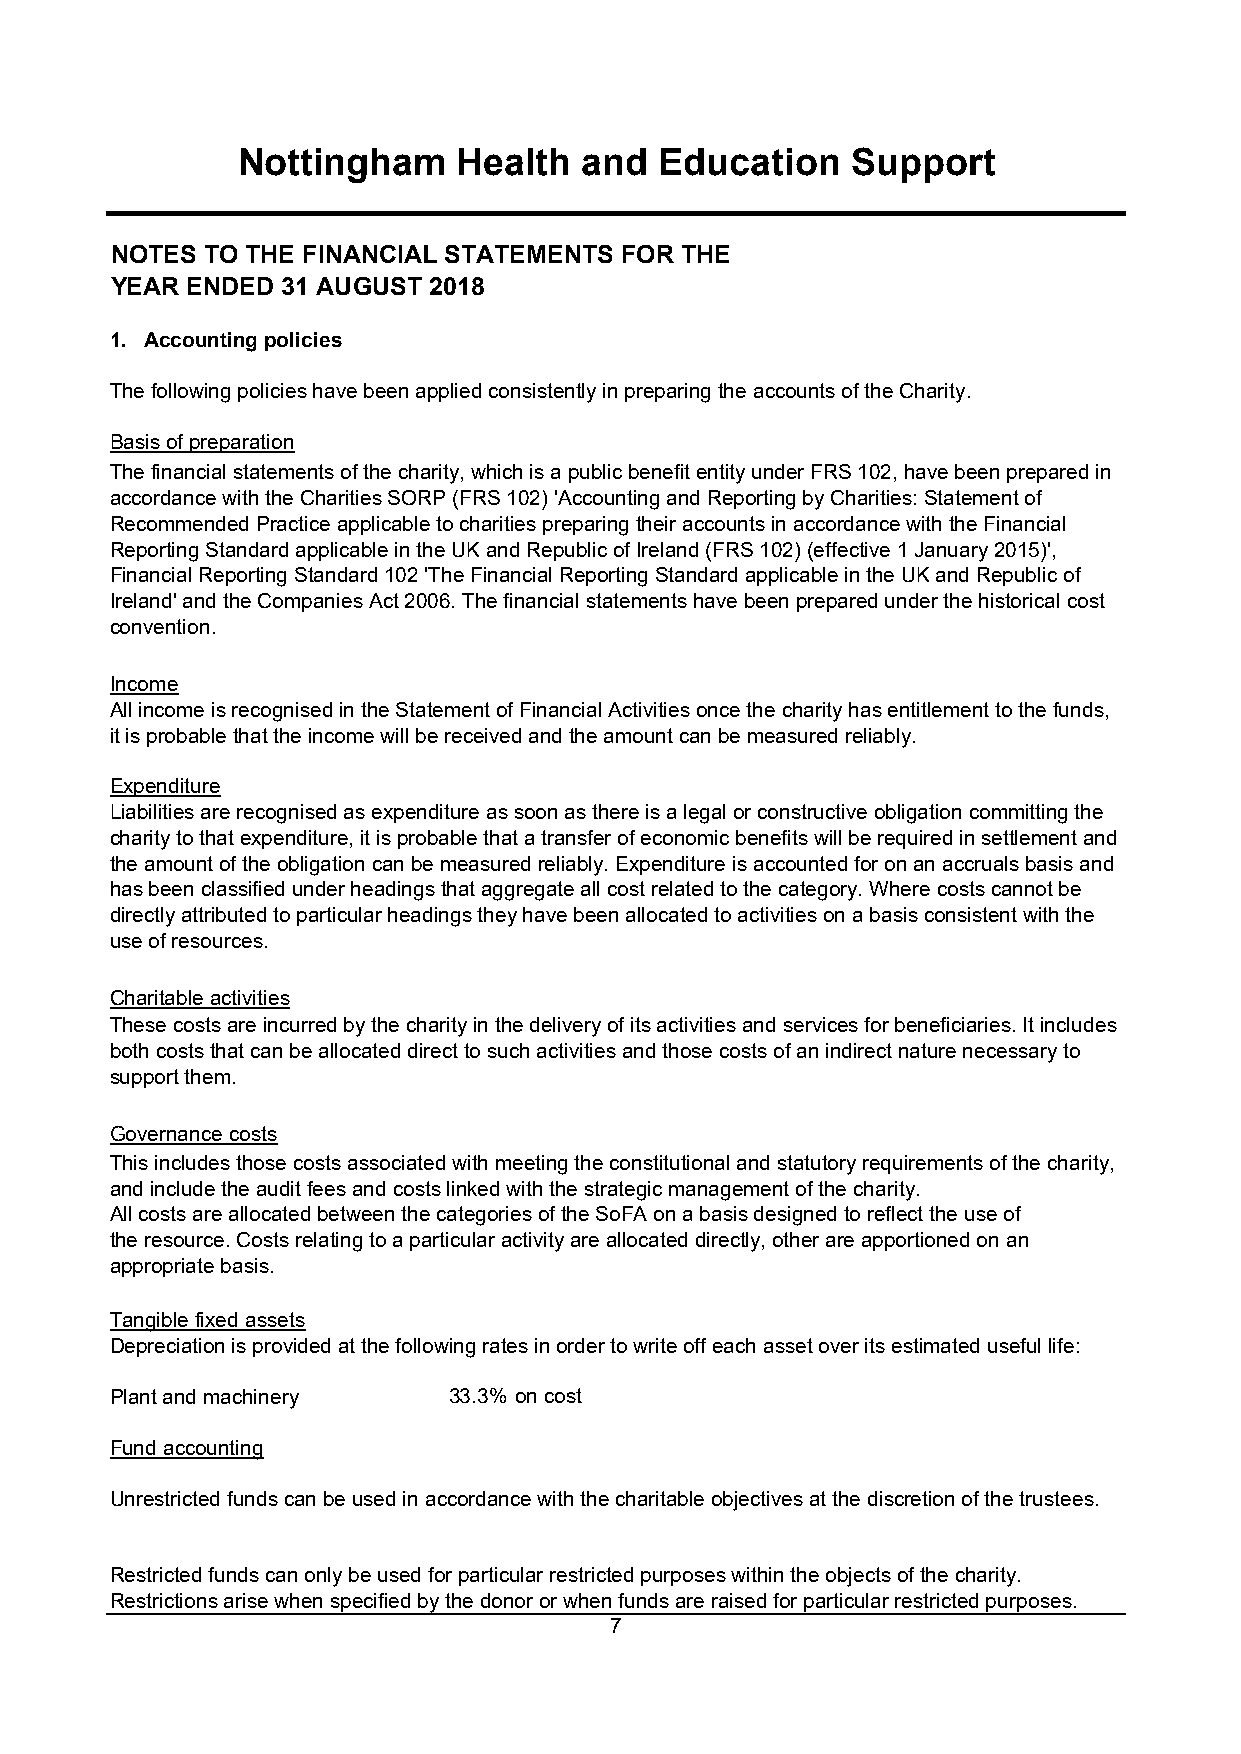
Nottingham    Health   and  Education   Support
 NOTES TO THE FINANCIAL STATEMENTS FOR THE
 YEAR ENDED  31 AUGUST 2018
 1. Accounting policies
 The following policies have been applied consistently in preparing the accounts of the Charity.
 Basis of preparation
 The financial statements of the charity, which is a public benefit entity under FRS 102, have been prepared in
 accordance with the Charities SORP (FRS 102) 'Accounting and Reporting by Charities: Statement of
 Recommended Practice applicable to charities preparing their accounts in accordance with the Financial
 Reporting Standard applicable in the UK and Republic of Ireland (FRS 102) (effective 1 January 2015)',
 Financial Reporting Standard 102 'The Financial Reporting Standard applicable in the UK and Republic of
 Ireland' and the Companies Act 2006. The financial statements have been prepared under the historical cost
 convention.
 Income
 All income is recognised in the Statement of Financial Activities once the charity has entitlement to the funds,
 it is probable that the income will be received and the amount can be measured reliably.
 Expenditure
 Liabilities are recognised as expenditure as soon as there is a legal or constructive obligation committing the
 charity to that expenditure, it is probable that a transfer of economic benefits will be required in settlement and
 the amount of the obligation can be measured reliably. Expenditure is accounted for on an accruals basis and
 has been classified under headings that aggregate all cost related to the category. Where costs cannot be
 directly attributed to particular headings they have been allocated to activities on a basis consistent with the
 use of resources.
 Charitable activities
 These costs are incurred by the charity in the delivery of its activities and services for beneficiaries. It includes
 both costs that can be allocated direct to such activities and those costs of an indirect nature necessary to
 support them.
 Governance costs
 This includes those costs associated with meeting the constitutional and statutory requirements of the charity,
 and include the audit fees and costs linked with the strategic management of the charity.
 All costs are allocated between the categories of the SoFA on a basis designed to reflect the use of
 the resource. Costs relating to a particular activity are allocated directly, other are apportioned on an
 appropriate basis.
 Tangible fixed assets
 Depreciation is provided at the following rates in order to write off each asset over its estimated useful life:
 Plant and machinery    33.3% on cost
 Fund accounting
 Unrestricted funds can be used in accordance with the charitable objectives at the discretion of the trustees.
 Restricted funds can only be used for particular restricted purposes within the objects of the charity.
 Restrictions arise when specified by the donor or when funds are raised for particular restricted purposes.
 7